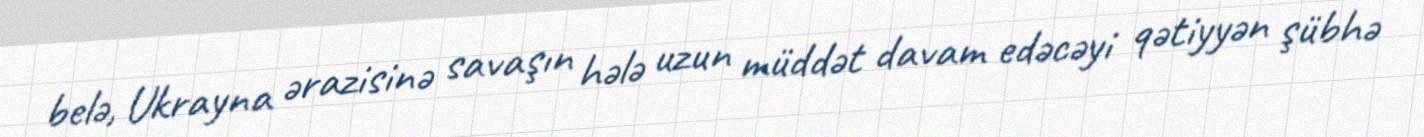
belə, Ukrayna ərazisinə savaşın hələ uzun müddət davam edəcəyi qətiyyən şübhə